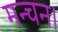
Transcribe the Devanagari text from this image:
मन्चन।